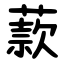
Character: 䕀